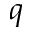
q